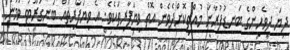
ދިޔަ ދިވެހިންގެ ބަނޑުފުރާނަ މުއްތިކޮށްދެވެން އޮތް ވިޔަފާރިތަކެވެ. އެ ވިޔަފާރިތައް ބަނގުރޫޓު ވުމުން